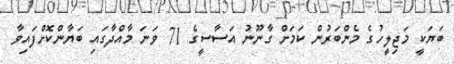
ބަޔަކީ މަޖިލީހުގެ މެންބަރުން ކަމަށް ގާނޫނު އަސާސީގެ 71 ވަނަ މާއްދާގައި ބަޔާންކޮށްފައިވާ